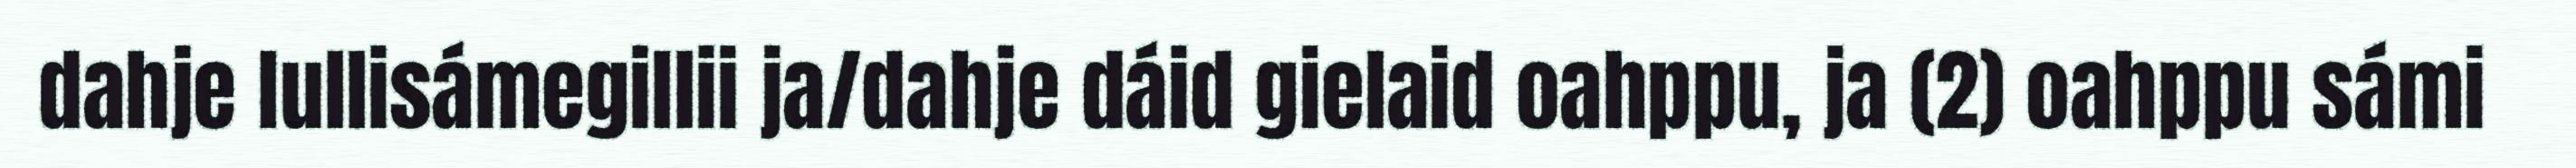
dahje lullisámegillii ja/dahje dáid gielaid oahppu, ja (2) oahppu sámi